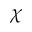
\chi